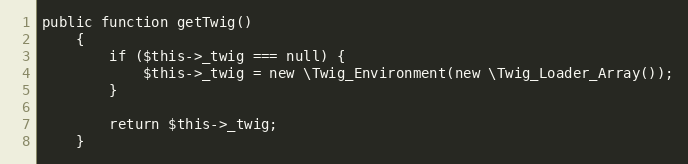
Language: PHP
public function getTwig()
    {
        if ($this->_twig === null) {
            $this->_twig = new \Twig_Environment(new \Twig_Loader_Array());
        }

        return $this->_twig;
    }